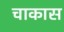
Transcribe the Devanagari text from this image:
चाकास